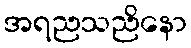
အရညသညိနော